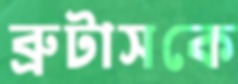
ব্রুটাসকে